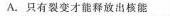
A.只有裂变才能释放出核能